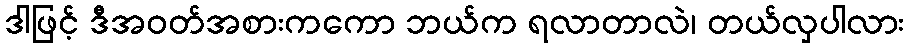
ဒါဖြင့် ဒီအဝတ်အစားကကော ဘယ်က ရလာတာလဲ၊ တယ်လှပါလား